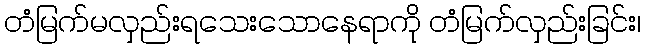
တံမြက်မလှည်းရသေးသောနေရာကို တံမြက်လှည်းခြင်း၊